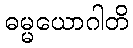
ဓမ္မယောဂါတိ